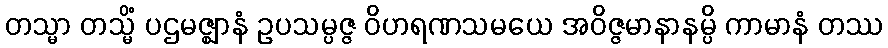
တသ္မာ တသ္မိံ ပဌမဇ္ဈာနံ ဥပသမ္ပဇ္ဇ ဝိဟရဏသမယေ အဝိဇ္ဇမာနာနမ္ပိ ကာမာနံ တဿ